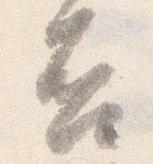
否